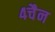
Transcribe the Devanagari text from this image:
४चैन